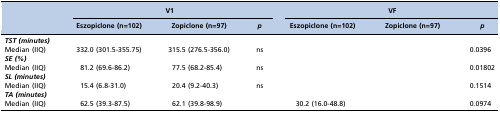
<table><thead><tr><td>[EMPTY_CELL]</td><td colspan="3"><b>V1</b></td><td colspan="3"><b>VF</b></td></tr><tr><td>[EMPTY_CELL]</td><td><b>Eszopiclone (n=102)</b></td><td><b>Zopiclone (n=97)</b></td><td><b><i>p</i></b></td><td><b>Eszopiclone (n=102)</b></td><td><b>Zopiclone (n=97)</b></td><td><b><i>p</i></b></td></tr></thead><tbody><tr><td><i>TST (minutes)</i></td><td>[EMPTY_CELL]</td><td>[EMPTY_CELL]</td><td>[EMPTY_CELL]</td><td>[EMPTY_CELL]</td><td>[EMPTY_CELL]</td><td>[EMPTY_CELL]</td></tr><tr><td>Median (IIQ)</td><td>332.0 (301.5-355.75)</td><td>315.5 (276.5-356.0)</td><td>ns</td><td>[EMPTY_CELL]</td><td>[EMPTY_CELL]</td><td>0.0396</td></tr><tr><td><i>SE (%)</i></td><td>[EMPTY_CELL]</td><td>[EMPTY_CELL]</td><td>[EMPTY_CELL]</td><td>[EMPTY_CELL]</td><td>[EMPTY_CELL]</td><td>[EMPTY_CELL]</td></tr><tr><td>Median (IIQ)</td><td>81.2 (69.6-86.2)</td><td>77.5 (68.2-85.4)</td><td>ns</td><td>[EMPTY_CELL]</td><td>[EMPTY_CELL]</td><td>0.01802</td></tr><tr><td><i>SL (minutes)</i></td><td>[EMPTY_CELL]</td><td>[EMPTY_CELL]</td><td>[EMPTY_CELL]</td><td>[EMPTY_CELL]</td><td>[EMPTY_CELL]</td><td>[EMPTY_CELL]</td></tr><tr><td>Median (IIQ)</td><td>15.4 (6.8-31.0)</td><td>20.4 (9.2-40.3)</td><td>ns</td><td>[EMPTY_CELL]</td><td>[EMPTY_CELL]</td><td>0.1514</td></tr><tr><td><i>TA (minutes)</i></td><td>[EMPTY_CELL]</td><td>[EMPTY_CELL]</td><td>[EMPTY_CELL]</td><td>[EMPTY_CELL]</td><td>[EMPTY_CELL]</td><td>[EMPTY_CELL]</td></tr><tr><td>Median (IIQ)</td><td>62.5 (39.3-87.5)</td><td>62.1 (39.8-98.9)</td><td>[EMPTY_CELL]</td><td>30.2 (16.0-48.8)</td><td>[EMPTY_CELL]</td><td>0.0974</td></tr></tbody></table>